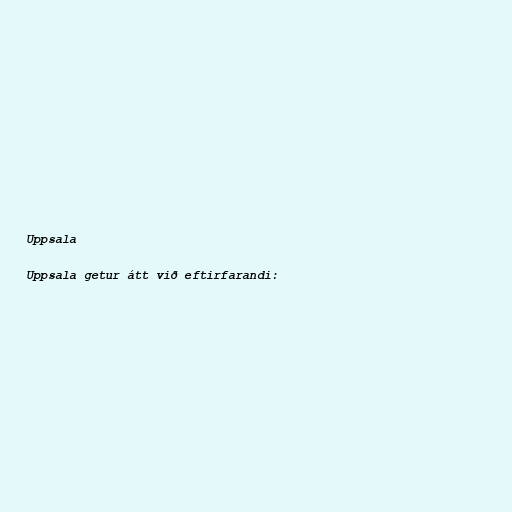
Uppsala

Uppsala getur átt við eftirfarandi: